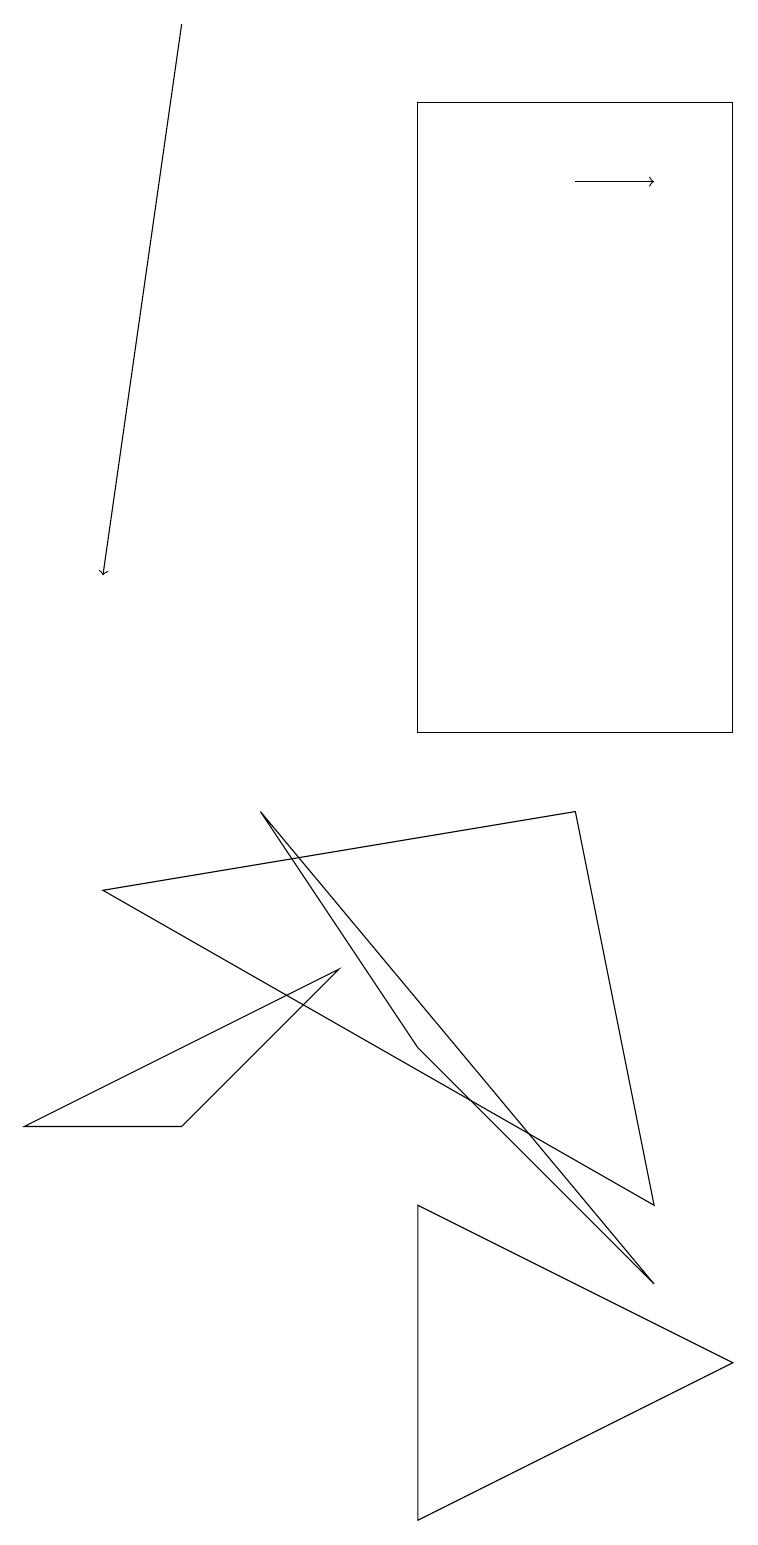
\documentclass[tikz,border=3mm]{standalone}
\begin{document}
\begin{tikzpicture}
\draw (9,2) -- (5,0) -- (5,4) -- cycle;
\draw (8,3) -- (3,9) -- (5,6) -- cycle;
\draw[->] (7,17) -- (8,17);
\draw (5,10) rectangle (9,18);
\draw[->] (2,19) -- (1,12);
\draw (4,7) -- (2,5) -- (0,5) -- cycle;
\draw (1,8) -- (7,9) -- (8,4) -- cycle;
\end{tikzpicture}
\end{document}